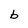
Character: b